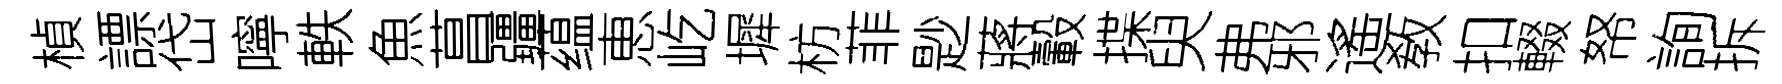
楨謤岱嚀軼魚菖疆蕴恵屹墀枋菲尟蔣轂揲臾弗邪遙敎扣輟帑詢拆